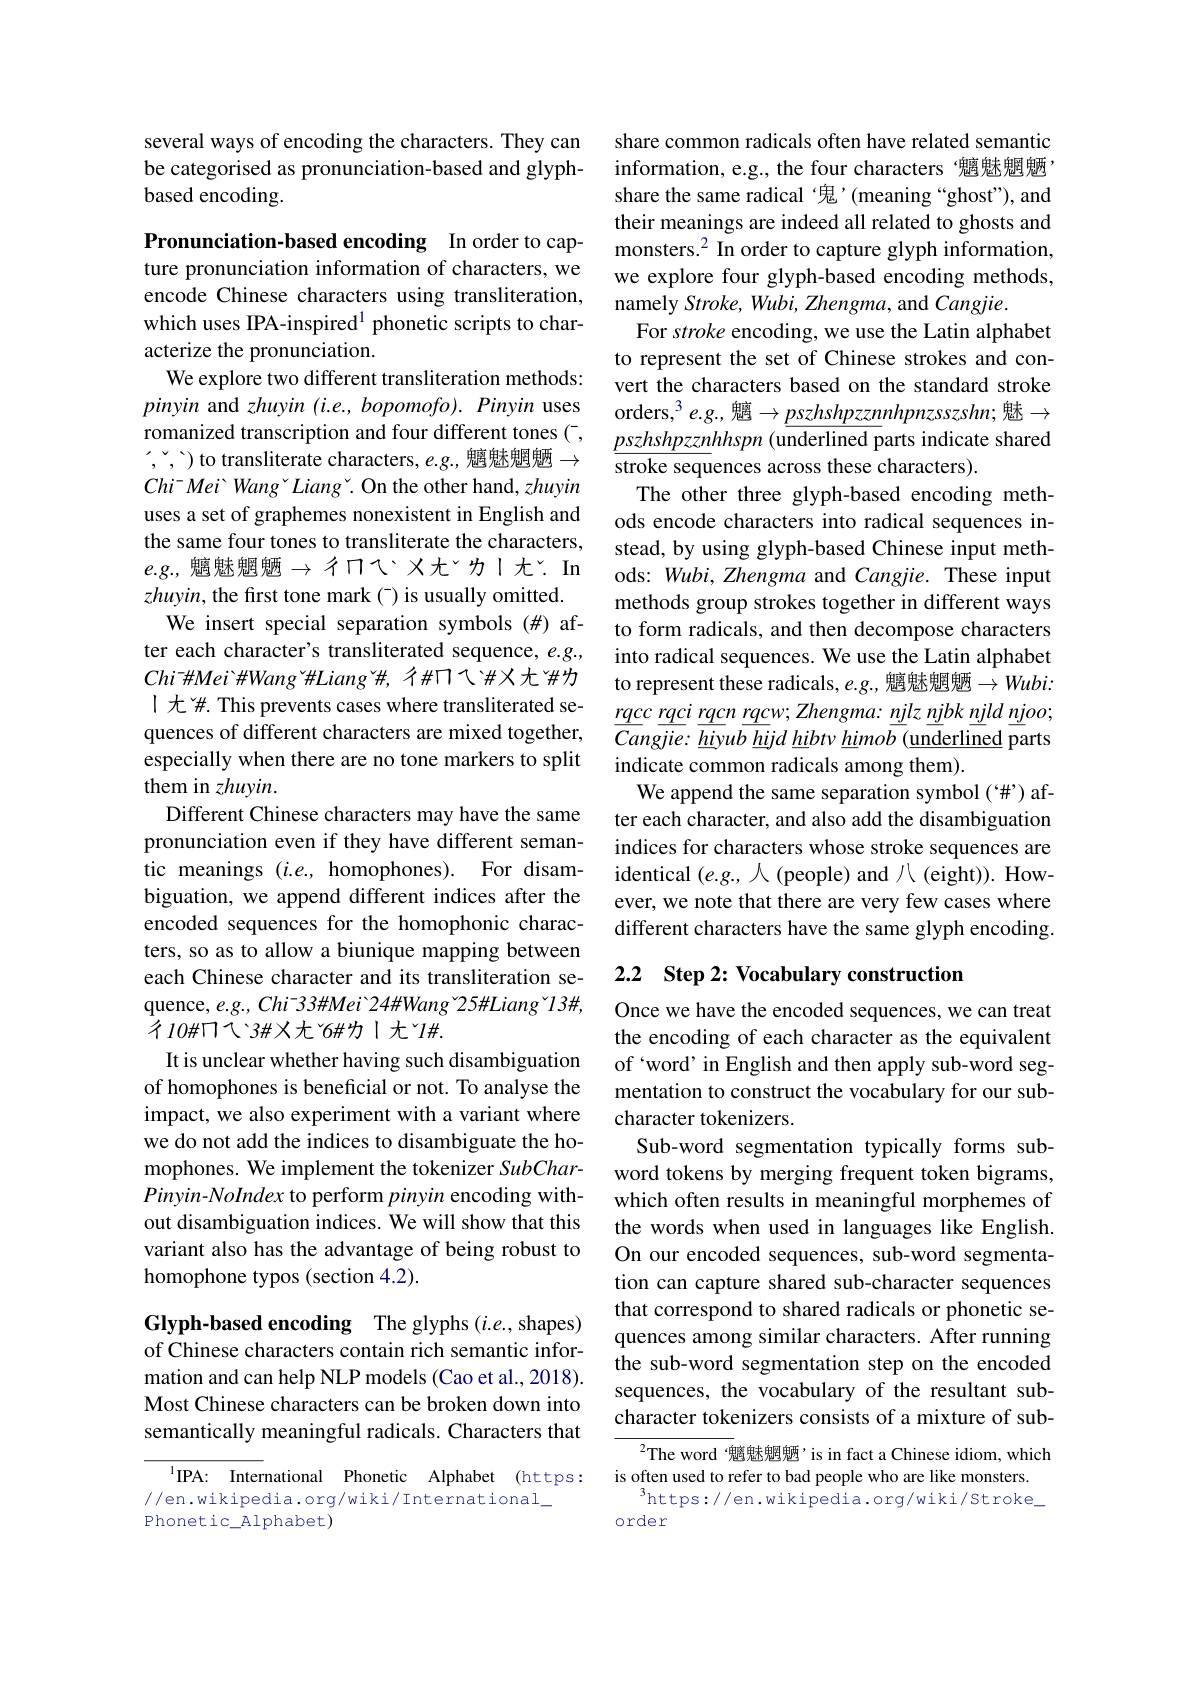
several ways of encoding the characters. They can be categorised as pronunciation-based and glyphbased encoding.

Pronunciation-based encoding In order to capture pronunciation information of characters, we encode Chinese characters using transliteration, which uses IPA-inspired$^1$ phonetic scripts to characterize the pronunciation.
We explore two different transliteration methods: pinyin and zhuyin (i.e., bopomofo). Pinyin uses romanized transcription and four different tones (-, $(,“,”)$ to transliterate characters, e.g., 魑魅魍魉$\rightarrow$ $Chi^- Mei Wang ^ Liang ^ . On the other hand, zhuyin$ uses a set of graphemes nonexistent in English and the same four tones to transliterate the characters, $e.g.$,魑魅魍魉$\to$彳冂乀ㄨ尢ˇカ丨尢ˇ.In $zhuyin$, the first tone mark(-) is usually omitted. We insert special separation symbols (#) after each character's transliterated sequence, e.g., Chi'HMei' HWang " HLiang " , 个 H 门 乀 #X 尤 # H 为1 尤 #. This prevents cases where transliterated sequences of different characters are mixed together, especially when there are no tone markers to split them in zhuyin.
Different Chinese characters may have the same pronunciation even if they have different semantic meanings $(i.e.$, homophones). For disambiguation, we append different indices after the encoded sequences for the homophonic characters, so as to allow a biunique mapping between each Chinese character and its transliteration sequence, e.g., Chi-33#Mei'24#Wang`25#Liang`13#, イ$10\#$ワて$3\#$メオ$^\mathrm{o}\#$カ丨大$^\mathrm{o}1\#.$
It is unclear whether having such disambiguation of homophones is beneficial or not. To analyse the impact, we also experiment with a variant where we do not add the indices to disambiguate the homophones. We implement the tokenizer SubCharPinyin-NoIndex to perform pinyin encoding without disambiguation indices. We will show that this variant also has the advantage of being robust to homophone typos (section 4.2).

Glyph-based encoding The glyphs (i.e., shapes) of Chinese characters contain rich semantic information and can help NLP models (Cao et al., 2018). Most Chinese characters can be broken down into semantically meaningful radicals. Characters that

IPA: International Phonetic Alphabet (https:
//en.wikipedia.org/wiki/International
Phonetic\_Alphabet)

share common radicals often have related semantic information, e.g., the four characters‘魑魅魍魉share the same radical‘鬼’(meaning“ghost"), and their meanings are indeed all related to ghosts and monsters.$^2$ In order to capture glyph information, we explore four glyph-based encoding methods, namely Stroke, Wubi, Zhengma, and Cangjie.
For stroke encoding, we use the Latin alphabet to represent the set of Chinese strokes and convert the characters based on the standard stroke orders,$^3e.g.$,魑$\to\underline pszhshpzznnhpnzsszshn;$魅$\to$ $\underline{pszhshpzznhhspn}$ (underlined parts indicate shared stroke sequences across these characters).
The other three glyph-based encoding methods encode characters into radical sequences instead, by using glyph-based Chinese input methods: Wubi, Zhengma and Cangjie. These input methods group strokes together in different ways to form radicals, and then decompose characters into radical sequences. We use the Latin alphabet to represent these radicals, e.g., 魑魅魍魉$\to Wubi:$ $\underline{rqcc}\underline{rqci}\underline{rqcn}\underline{rqcw};Zhengma:\underline{nj}lz\underline{nj}bk\underline{nj}ld\underline{nj}oo;$ Cangjie: hiyub hijd hibtv himob (underlined parts indicate common radicals among them).
We append the same separation symbol (“#”) after each character, and also add the disambiguation indices for characters whose stroke sequences are identical $(e.g.$,人 (people) and 八 (eight)). However, we note that there are very few cases where different characters have the same glyph encoding.

## 2.2 Step 2: Vocabulary construction

Once we have the encoded sequences, we can treat the encoding of each character as the equivalent of `word' in English and then apply sub-word segmentation to construct the vocabulary for our subcharacter tokenizers.
Sub-word segmentation typically forms subword tokens by merging frequent token bigrams, which often results in meaningful morphemes of the words when used in languages like English. On our encoded sequences, sub-word segmentation can capture shared sub-character sequences that correspond to shared radicals or phonetic sequences among similar characters. After running the sub-word segmentation step on the encoded sequences, the vocabulary of the resultant subcharacter tokenizers consists of a mixture of sub-

$^{2}$The word‘魑魅魍魉’is in fact a Chinese idiom, which
is often used to refer to bad people who are like monsters.
$^3$https://en.wikipedia.org/wiki/Stroke\_
order